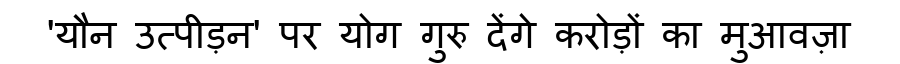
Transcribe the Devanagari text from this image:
'यौन उत्पीड़न' पर योग गुरु देंगे करोड़ों का मुआवज़ा